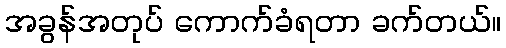
အခွန်အတုပ် ကောက်ခံရတာ ခက်တယ်။